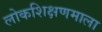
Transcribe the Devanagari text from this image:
लोकशिक्षणमाला